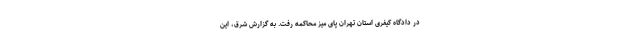
در دادگاه کیفری استان تهران پای میز محاکمه رفت. به گزارش شرق، این